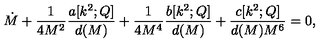
\dot { M } + \frac { 1 } { 4 M ^ { 2 } } \frac { a [ k ^ { 2 } ; Q ] } { d ( M ) } + \frac { 1 } { 4 M ^ { 4 } } \frac { b [ k ^ { 2 } ; Q ] } { d ( M ) } + \frac { c [ k ^ { 2 } ; Q ] } { d ( M ) M ^ { 6 } } = 0 ,